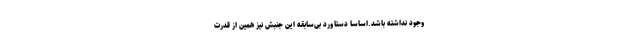
وجود نداشته باشد.اساساً دستاورد بی‌سابقه این جنبش نیز همین از قدرت